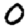
Digit: 0